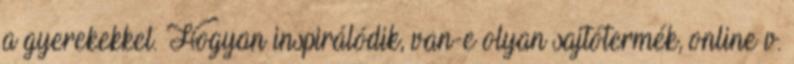
a gyerekekkel. Hogyan inspirálódik, van-e olyan sajtótermék, online v.